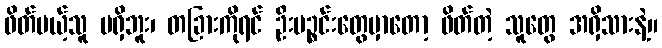
ဖိတ်မယ့်သူ မရှိဘူး၊ တခြားကိုရင် ဦးပဉ္စင်းတွေမှာတော့ ဖိတ်တဲ့ သူတွေ အရှိသားနဲ့။